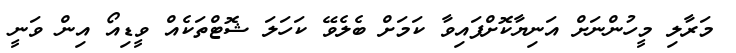
މަރާލި މީހުންނަށް އަނިޔާކޮށްފައިވާ ކަމަށް ބެލެވޭ ކަހަލަ ޝޮޓްތަކެއް ވީޑިއޯ އިން ވަނީ